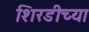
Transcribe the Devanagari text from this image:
शिरडीच्या